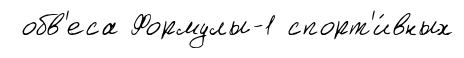
обв'еса Формулы-1 спорт'и́вных